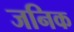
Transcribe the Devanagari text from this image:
जनिक